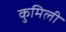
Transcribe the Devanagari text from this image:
कुमिली